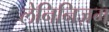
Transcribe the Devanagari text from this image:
लेनिनिज़म